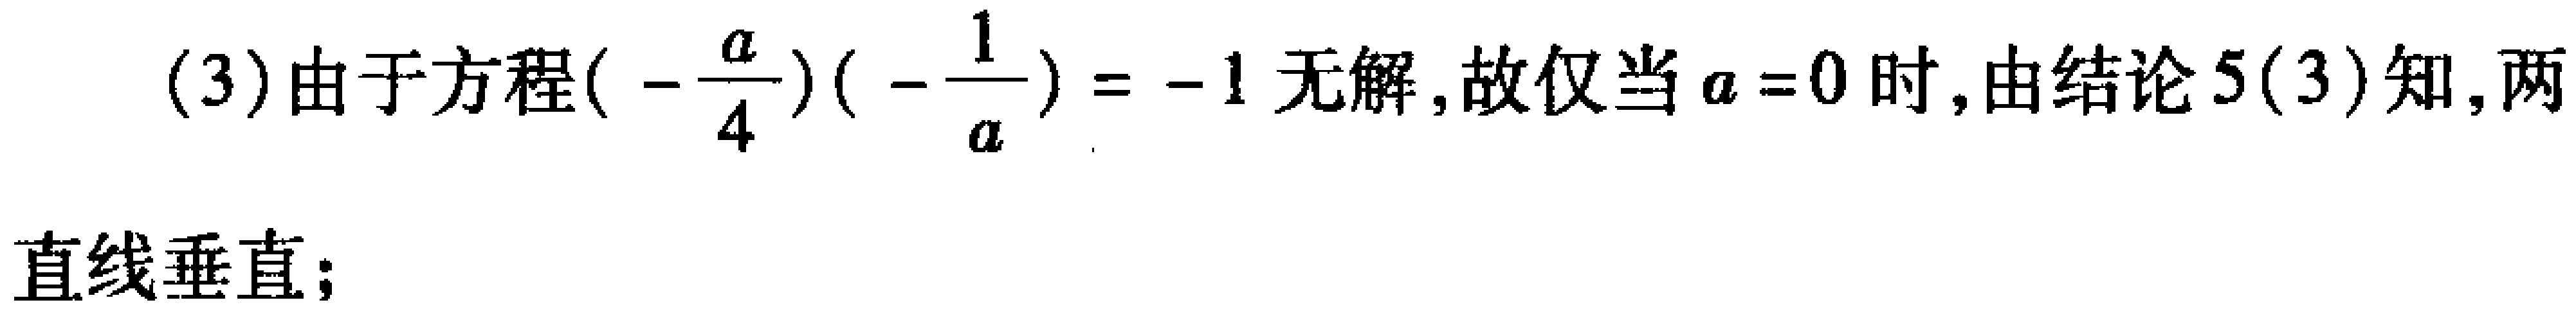
(3)由于方程\((-\frac{a}{4})(-\frac{1}{a}) = -1\)无解,故仅当\(a = 0\)时,由结论5(3)知,两直线垂直;